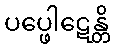
ပပ္ဖေါဋေန္တိ